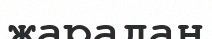
жарадан